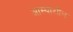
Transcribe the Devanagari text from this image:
आस्थाशील